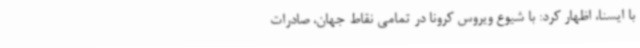
با ایسنا، اظهار کرد: با شیوع ویروس کرونا در تمامی نقاط جهان، صادرات